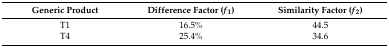
<table><thead><tr><td><b>Generic Product</b></td><td><b>Difference Factor (<i>f</i><sub>1</sub>)</b></td><td><b>Similarity Factor (<i>f</i><sub>2</sub>)</b></td></tr></thead><tbody><tr><td>T1</td><td>16.5%</td><td>44.5</td></tr><tr><td>T4</td><td>25.4%</td><td>34.6</td></tr></tbody></table>